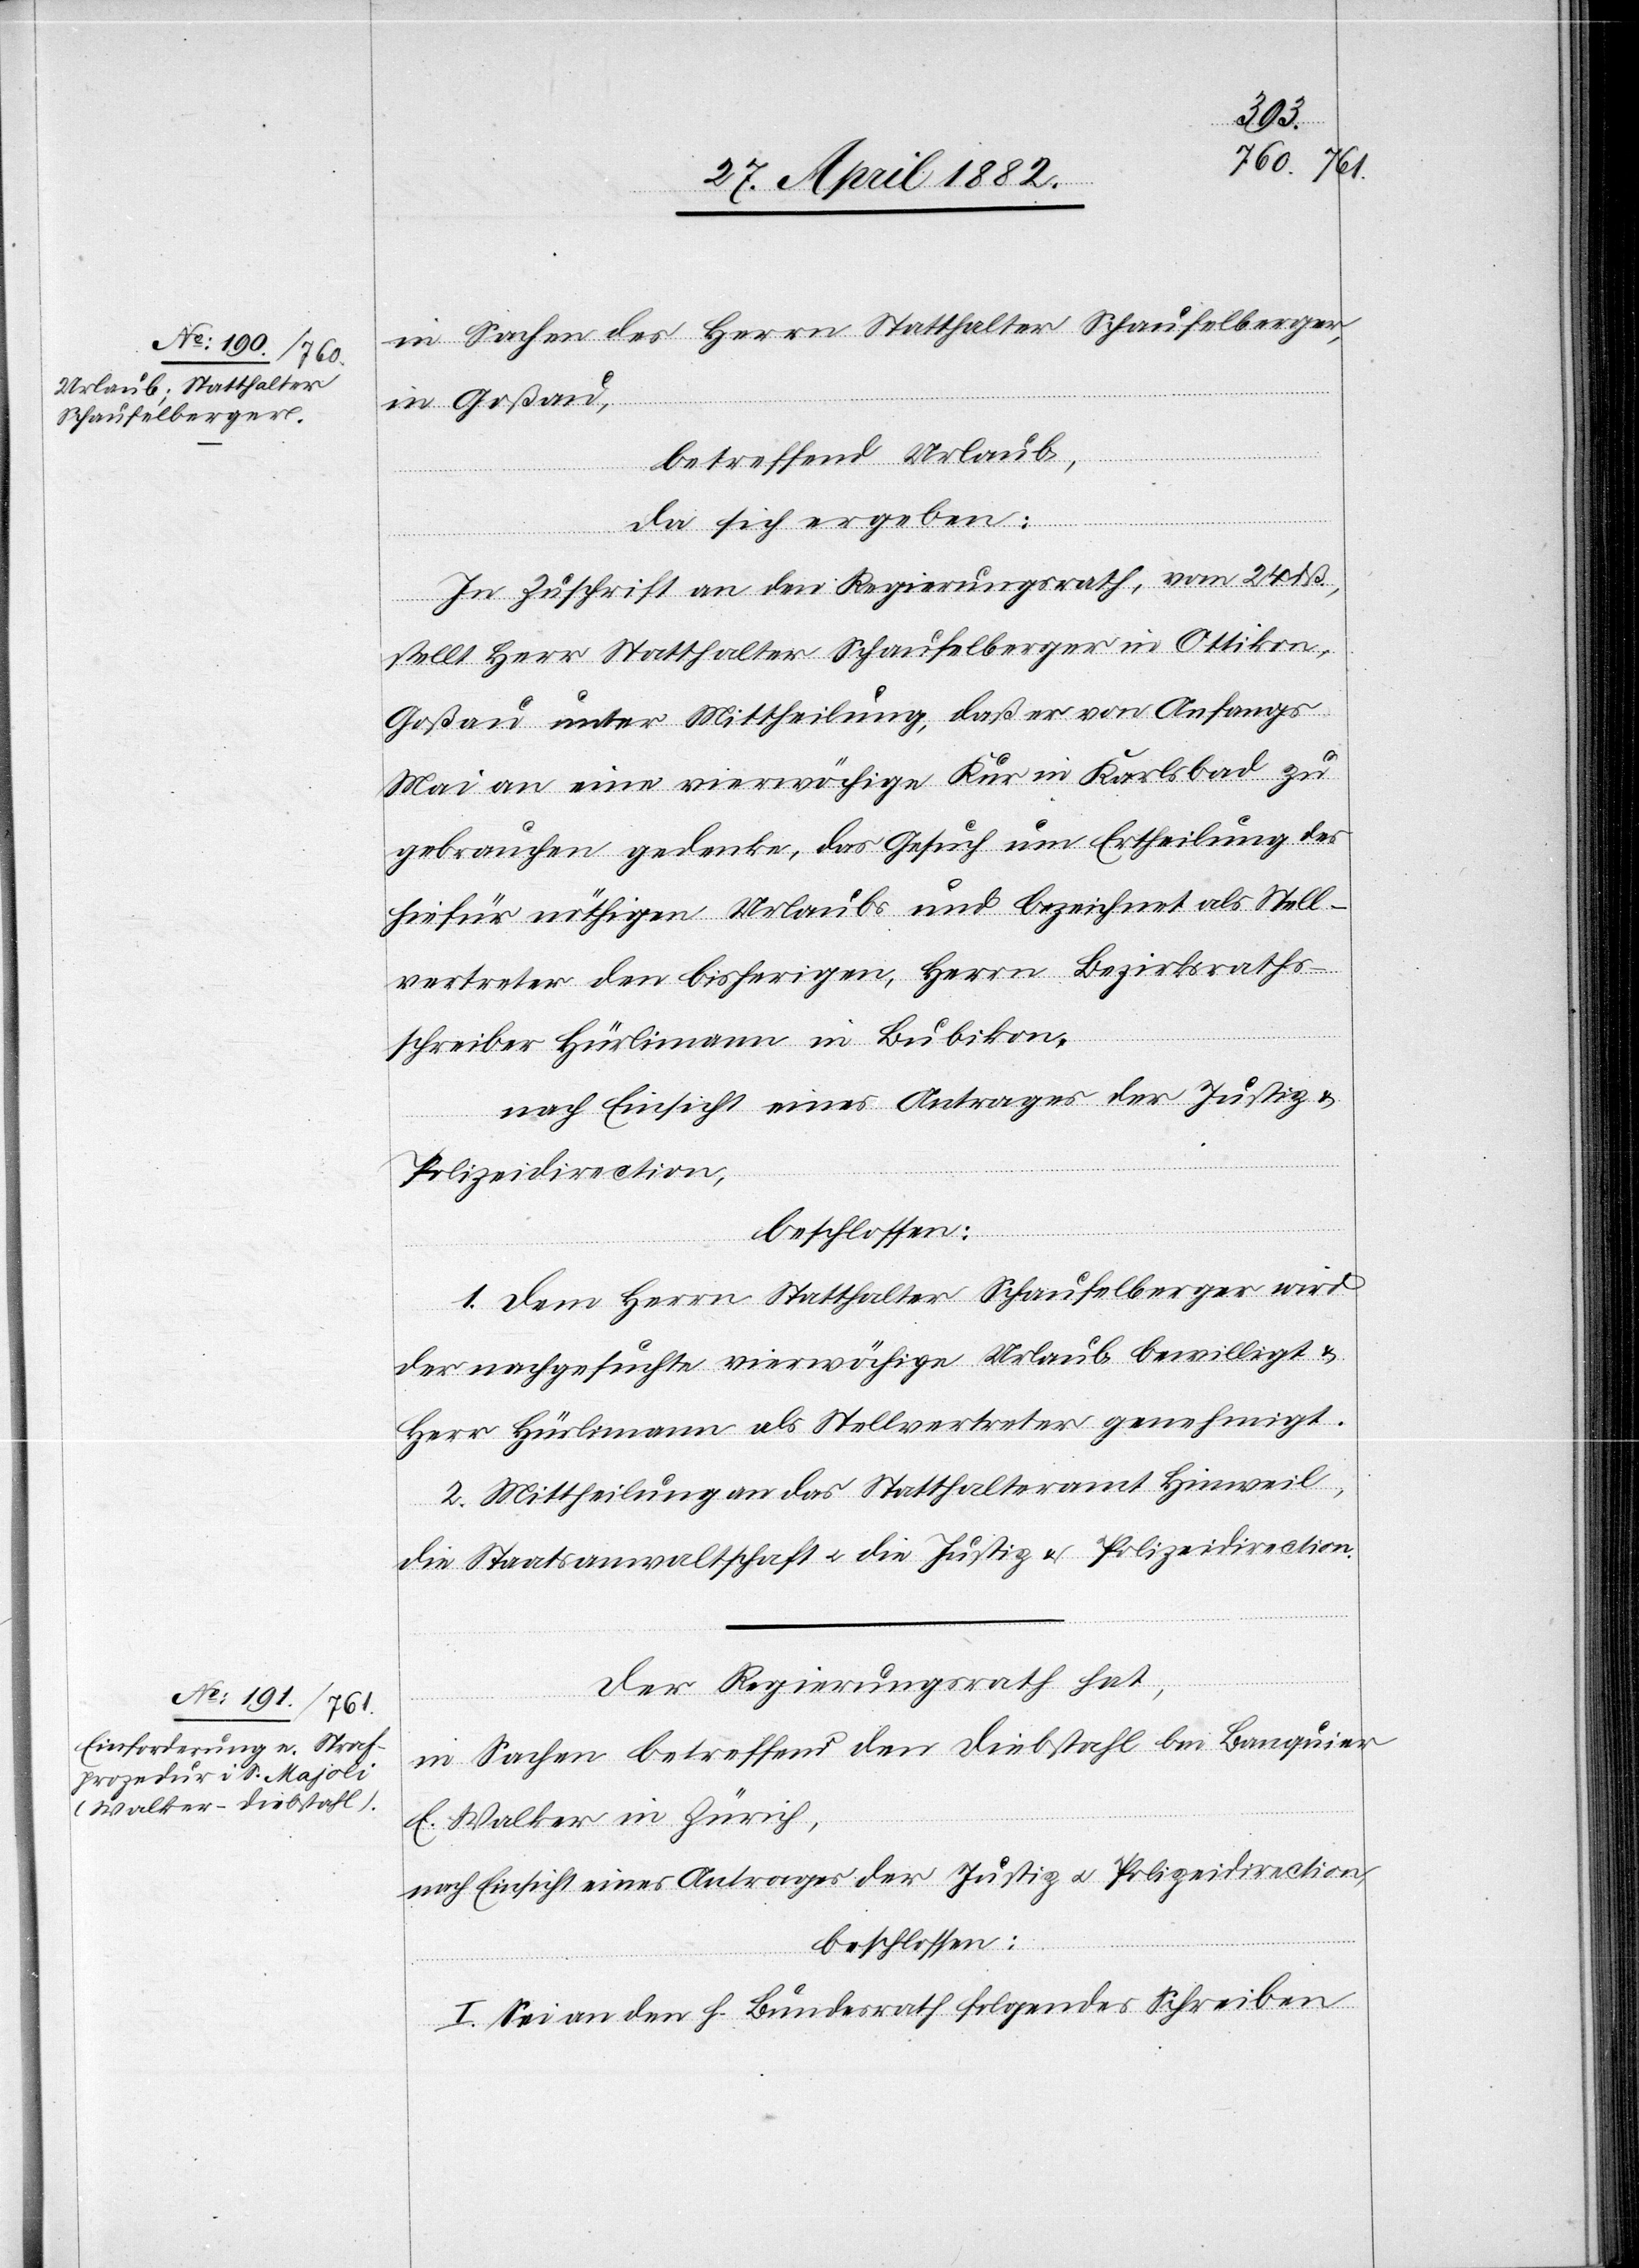
27. April. 1882.]
in Sachen des Herrn Statthalter Schaufelberger,
in Goßau,
betreffend Urlaub,
da sich ergeben:
In Zuschrift an den Regierungsrath, vom 24. dß.,
stellt Herr Statthalter Schaufelberger in Ottikon,
Goßau unter Mittheilung, daß er von Anfangs
Mai an eine vierwöchige Kur in Karlsbad zu
gebrauchen gedenke, das Gesuch um Ertheilung des
hiefür nöthigen Urlaubs und bezeichnet als Stell¬
vertreter den bisherigen, Herrn Bezirksraths¬
schreiber Hürlimann in Bubikon,
nach Einsicht eines Antrages der Justiz[-]
Polizeidirection,
beschlossen:
1. Dem Herrn Statthalter Schaufelberger wird
der nachgesuchte vierwöchige Urlaub bewilligt &
Herr Hürlimann als Stellvertreter genehmigt.
2. Mittheilung an das Statthalteramt Hinweil,
die Staatsanwaltschaft u. die Justiz[-] & Polizeidirection.
Der Regierungsrath hat,
in Sachen betreffend den Diebstahl bei Banquier
E. Walker in Zürich,
I. Sei an den h. Bundesrath folgendes Schreiben